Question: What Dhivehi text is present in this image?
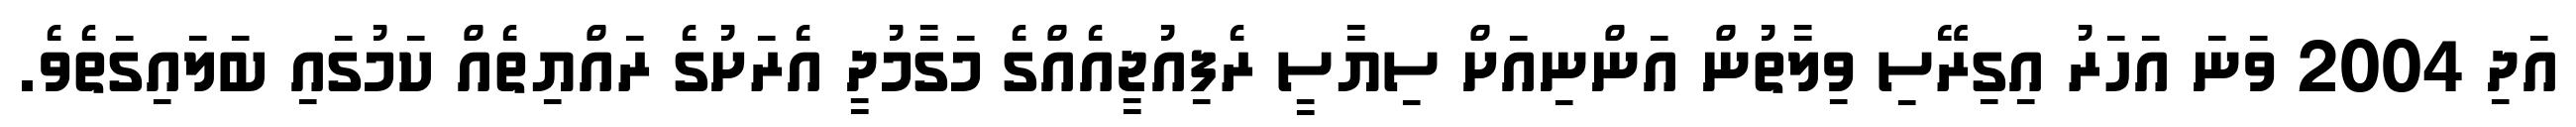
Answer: އަދި 2004 ވަނަ އަހަރު އިގިރޭސި ވިލާތުން އަންނިއަށް ސިޔާސީ ރެފިއުޖީއެއްގެ މަގާމުދީ އެރަށުގެ ރައްޔިތެއް ކަމުގައި ބަލައިގަތެވެ.